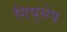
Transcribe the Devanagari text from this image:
गियुसेप